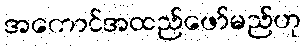
အကောင်အထည်ဖော်မည်ဟု